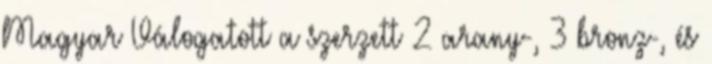
Magyar Válogatott a szerzett 2 arany-, 3 bronz-, és